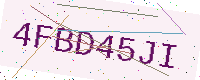
Text: 4FBD45JI